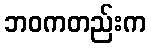
ဘဝကတည်းက